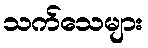
သက်သေများ